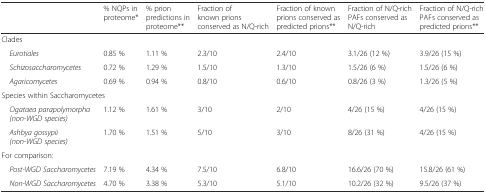
|  | % NQPs in proteome* | % prion predictions in proteome** | Fraction of known prions conserved as N/Q-rich | Fraction of known prions conserved as predicted prions** | Fraction of N/Q-rich PAFs conserved as N/Q-rich | Fraction of N/Q-rich PAFs conserved as predicted prions** |
 | --- | --- | --- | --- | --- | --- | --- |
 | <COLSPAN=7> Clades |
 | Eurotiales | 0.85 % | 1.11 % | 2.3/10 | 2.4/10 | 3.1/26 (12 %) | 3.9/26 (15 %) |
 | Schizosaccharomycetes | 0.72 % | 1.29 % | 1.5/10 | 1.3/10 | 1.5/26 (6 %) | 1.5/26 (6 %) |
 | Agaricomycetes | 0.69 % | 0.94 % | 0.8/10 | 0.6/10 | 0.8/26 (3 %) | 1.3/26 (5 %) |
 | <COLSPAN=6> Species within Saccharomycetes |  |
 | Ogataea parapolymorpha (non-WGD species) | 1.12 % | 1.61 % | 3/10 | 2/10 | 4/26 (15 %) | 4/26 (15 %) |
 | Ashbya gossypii (non-WGD species) | 1.70 % | 1.51 % | 5/10 | 3/10 | 8/26 (31 %) | 4/26 (15 %) |
 | <COLSPAN=6> For comparison: |  |
 | Post-WGD Saccharomycetes | 7.19 % | 4.34 % | 7.5/10 | 6.8/10 | 16.6/26 (70 %) | 15.8/26 (61 %) |
 | Non-WGD Saccharomycetes | 4.70 % | 3.38 % | 5.3/10 | 5.1/10 | 10.2/26 (32 %) | 9.5/26 (37 %) |